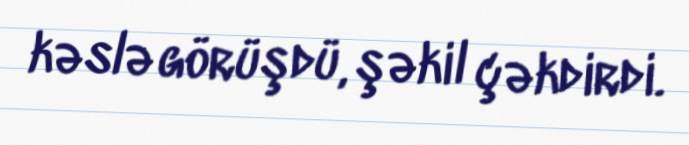
kəslə görüşdü, şəkil çəkdirdi.